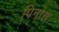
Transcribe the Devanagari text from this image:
पिनोस